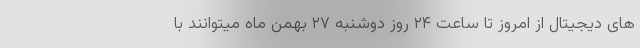
های دیجیتال از امروز تا ساعت ۲۴ روز دوشنبه ۲۷ بهمن ماه میتوانند با